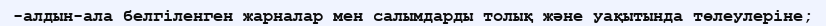
-алдын-ала белгіленген жарналар мен салымдарды толық және уақытында төлеулеріне;